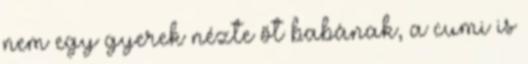
nem egy gyerek nézte őt babának, a cumi is